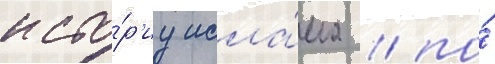
исто́р'иу исла́ма / по́